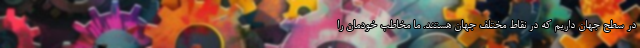
در سطح جهان داریم که در نقاط مختلف جهان هستند. ما مخاطب خودمان را